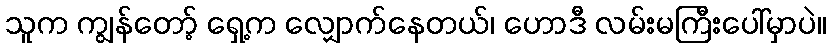
သူက ကျွန်တော့် ရှေ့က လျှောက်နေတယ်၊ ဟောဒီ လမ်းမကြီးပေါ်မှာပဲ။